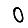
Digit: 0